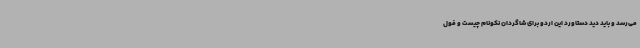
می‌رسد و باید دید دستاورد این اردو برای شاگردان نکونام چیست و فول